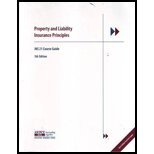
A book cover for AINS 21 Property and Liability Insurance 5th Edition; The Institutes; Business & Money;